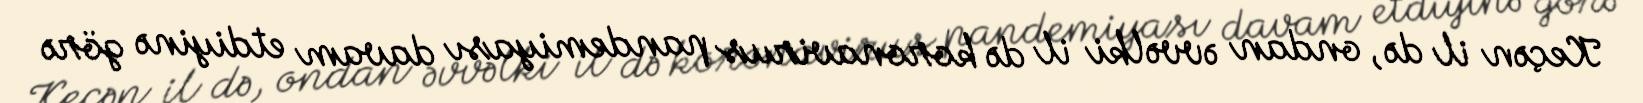
Keçən il də, ondan əvvəlki il də koronavirus pandemiyası davam etdiyinə görə